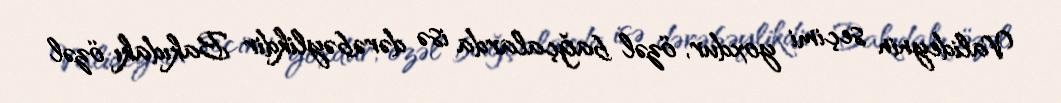
Valideynin seçimi yoxdur, özəl bağçalarda isə dərəbəylikdir Bakıdakı özəl